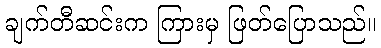
ချက်တီဆင်းက ကြားမှ ဖြတ်ပြောသည်။